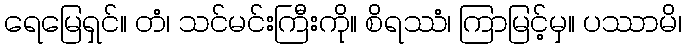
ရေမြေရှင်။ တံ၊ သင်မင်းကြီးကို။ စိရဿံ၊ ကြာမြင့်မှ။ ပဿာမိ၊